画像に写った文字を読んでください
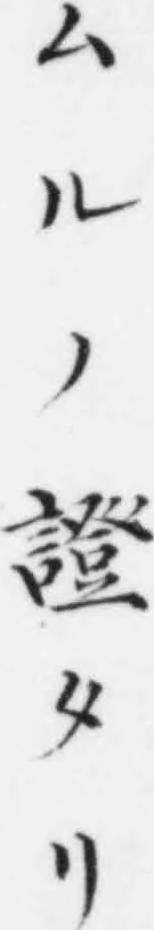
「ムルノ證タリ」と書いてあります